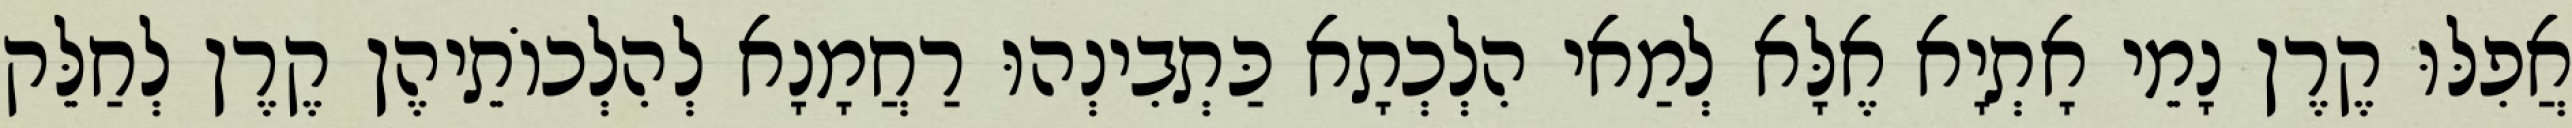
אֲפִלּוּ קֶרֶן נָמֵי אָתְיָא אֶלָּא לְמַאי הִלְכְתָא כַּתְבִינְהוּ רַחֲמָנָא לְהִלְכוֹתֵיהֶן קֶרֶן לְחַלֵּק